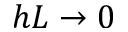
h L \to 0